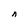
Character: n